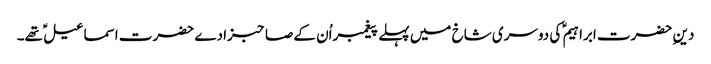
دین ِ حضرت ابراہیم ؑ کی دوسری شاخ میں پہلے پیغمبراُن کے صاحبزادے حضرت اسماعیل ؑ تھے۔